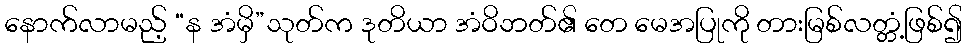
နောက်လာမည့် “န အံမှိ”သုတ်က ဒုတိယာ အံဝိဘတ်၏ တေ မေအပြုကို တားမြစ်လတ္တံ့ဖြစ်၍